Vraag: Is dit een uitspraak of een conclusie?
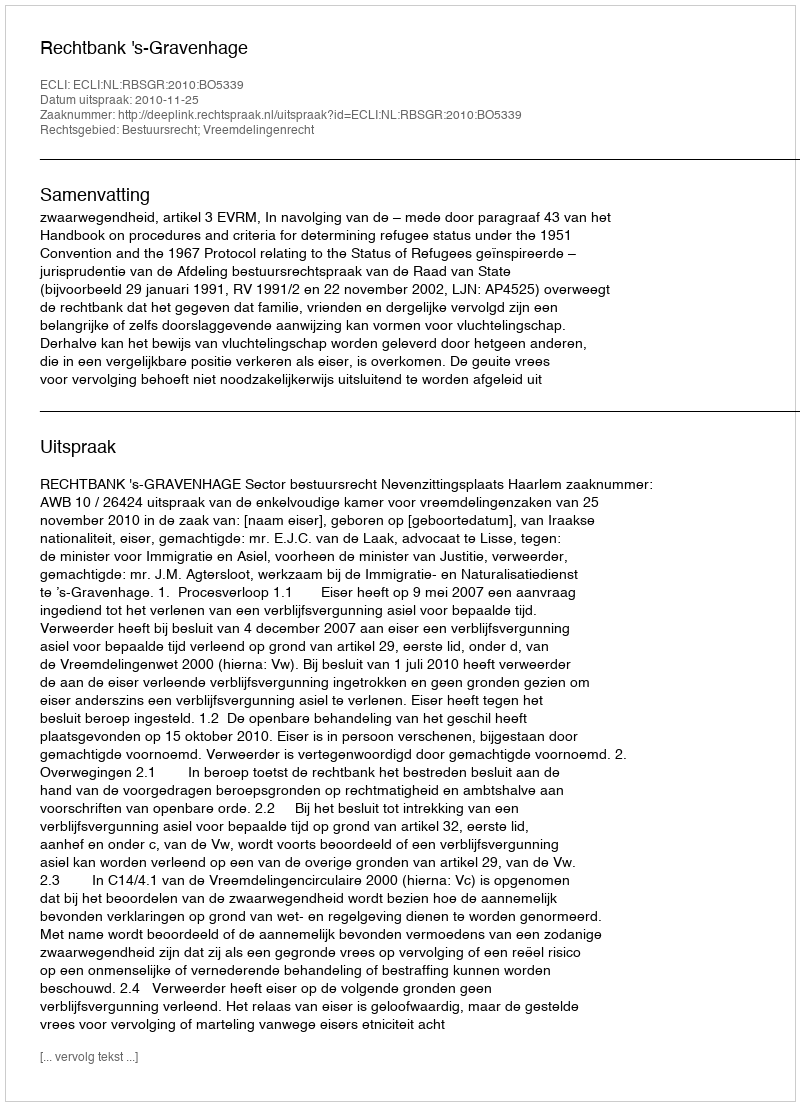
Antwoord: Uitspraak